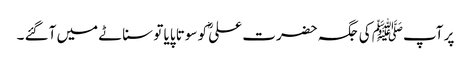
پر آپﷺ کی جگہ حضرت علیؓ کو سوتا پایا تو سناٹے میں آگئے ۔